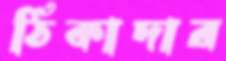
ঠিকাদার